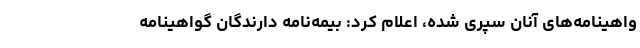
واهینامه‌های آنان سپری شده، اعلام کرد: بیمه‌نامه دارندگان گواهینامه